Vaccination report Assam 1896-1927 - 1896-1927
Year: 1896
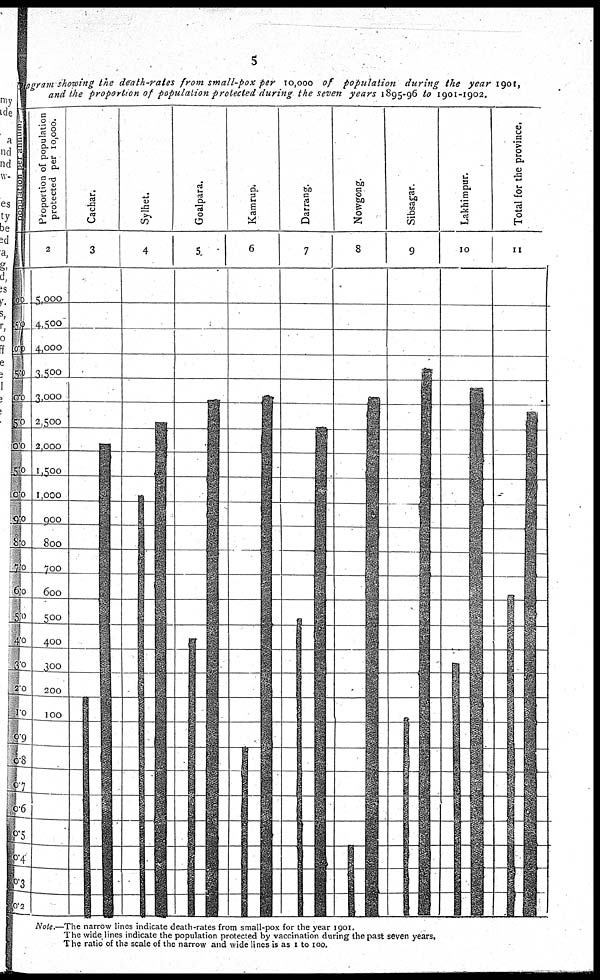
5
Diagram showing the death-rates from small-pox per 10,000 of population during the year 1901,
and the proportion of population protected during the seven years 1895-96 to 1901-1902.
Note.—The narrow lines indicate death-rates from small-pox for the year 1901.
The wide lines indicate the population protected by vaccination during the past seven years,
The ratio of the scale of the narrow and wide lines is as 1 to 100.